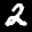
Label: 2